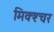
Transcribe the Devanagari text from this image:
मिक्‍श्‍चर